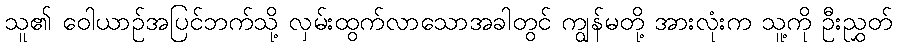
သူ၏ ဝေါယာဉ်အပြင်ဘက်သို့ လှမ်းထွက်လာသောအခါတွင် ကျွန်မတို့ အားလုံးက သူ့ကို ဦးညွှတ်